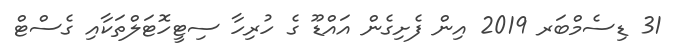
31 ޑިސެމްބަރ 2019 އިން ފެށިގެން އައްޑޫ ގެ ހުރިހާ ސިޓީހޮޓަލްތަކާއި ގެސްޓް